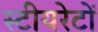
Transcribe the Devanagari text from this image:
स्टीयरेटों